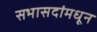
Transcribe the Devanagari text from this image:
सभासदांमधून